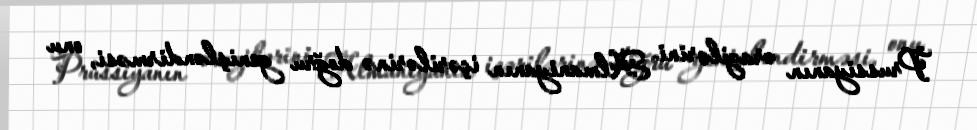
Prussiyanın ərazilərini Almaniyanın içərilərinə doğru genişləndirməsi, onu